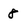
Character: 8